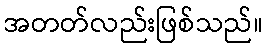
အတတ်လည်းဖြစ်သည်။